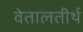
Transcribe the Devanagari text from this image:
वेतालतीर्थ